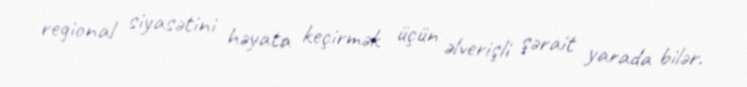
regional siyasətini həyata keçirmək üçün əlverişli şərait yarada bilər.